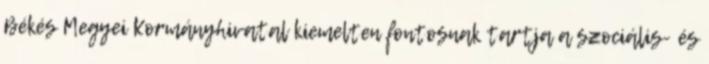
Békés Megyei Kormányhivatal kiemelten fontosnak tartja a szociális- és